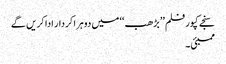
سنجے کپور فلم ’’بڑھب ‘‘ میں دوہرا کردار ادا کریں گے
ممبئی۔